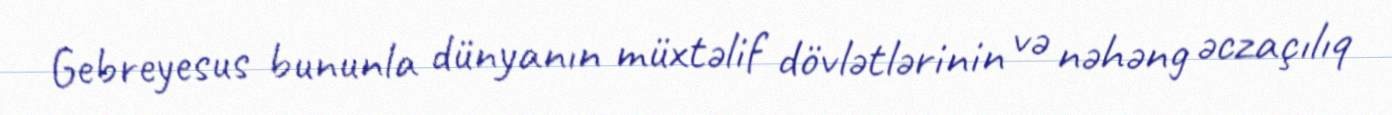
Gebreyesus bununla dünyanın müxtəlif dövlətlərinin və nəhəng əczaçılıq